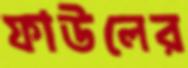
ফাউলের